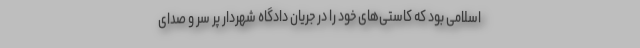
اسلامی بود که کاستی‌های خود را در جریان دادگاه شهردار پر سر و صدای